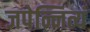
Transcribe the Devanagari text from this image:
जपेन्नित्यं